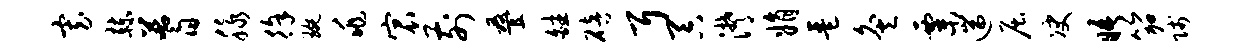
寡赫蓍脉徐琬兆宸前叠皤碚耳吞潸娟琶灸粟遄屈决晤笳贱